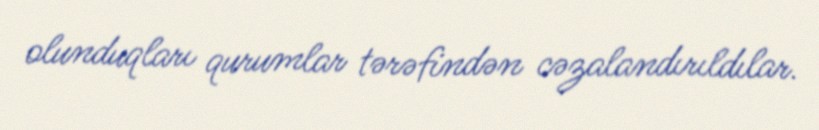
olunduqları qurumlar tərəfindən cəzalandırıldılar.